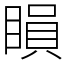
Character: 䁚